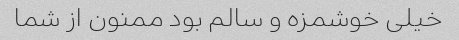
خیلی خوشمزه و سالم بود ممنون از شما